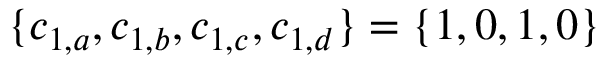
\{ c _ { 1 , a } , c _ { 1 , b } , c _ { 1 , c } , c _ { 1 , d } \} = \{ 1 , 0 , 1 , 0 \}